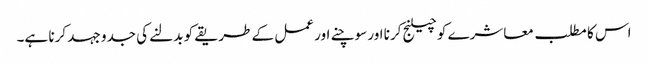
اس کا مطلب معاشرے کو چیلنج کرنا اور سوچنے اور عمل کے طریقے کو بدلنے کی جدو جہد کرنا ہے۔